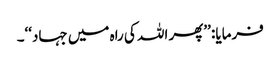
فرمایا: ’’پھر اللہ کی راہ میں جہاد‘‘۔